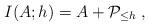
LaTeX: \begin{align*}I(A;h)=A+ \mathcal P_{\leq h}\;,\end{align*}